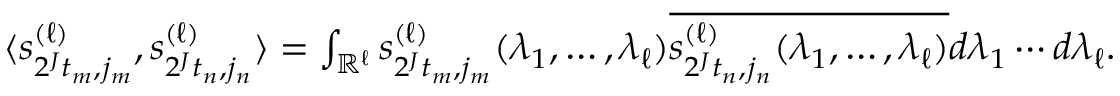
\begin{array} { r } { \langle s _ { 2 ^ { J } t _ { m } , j _ { m } } ^ { ( \ell ) } , s _ { 2 ^ { J } t _ { n } , j _ { n } } ^ { ( \ell ) } \rangle = \int _ { \mathbb { R } ^ { \ell } } s _ { 2 ^ { J } t _ { m } , j _ { m } } ^ { ( \ell ) } ( \lambda _ { 1 } , \ldots , \lambda _ { \ell } ) \overline { { s _ { 2 ^ { J } t _ { n } , j _ { n } } ^ { ( \ell ) } ( \lambda _ { 1 } , \ldots , \lambda _ { \ell } ) } } d \lambda _ { 1 } \cdots d \lambda _ { \ell } . } \end{array}